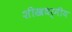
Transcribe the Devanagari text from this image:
शीखधर्मीय